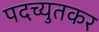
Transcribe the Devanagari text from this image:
पदच्युतकर